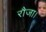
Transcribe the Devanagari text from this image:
रौजा।